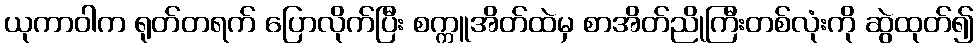
ယုကာဝါက ရုတ်တရက် ပြောလိုက်ပြီး စက္ကူအိတ်ထဲမှ စာအိတ်ညိုကြီးတစ်လုံးကို ဆွဲထုတ်၍